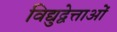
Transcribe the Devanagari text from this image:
विद्युद्वेत्ताओं